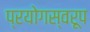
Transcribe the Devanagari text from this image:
प्रयोगस्वरूप